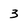
Character: 3